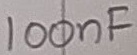
Text: 100nF